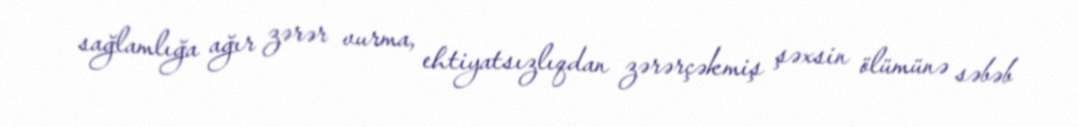
sağlamlığa ağır zərər vurma, ehtiyatsızlıqdan zərərçəkmiş şəxsin ölümünə səbəb